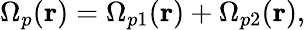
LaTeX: \Omega_{p}(\mathbf{r})=\Omega_{p1}(\mathbf{r})+\Omega_{p2}(\mathbf{r}),